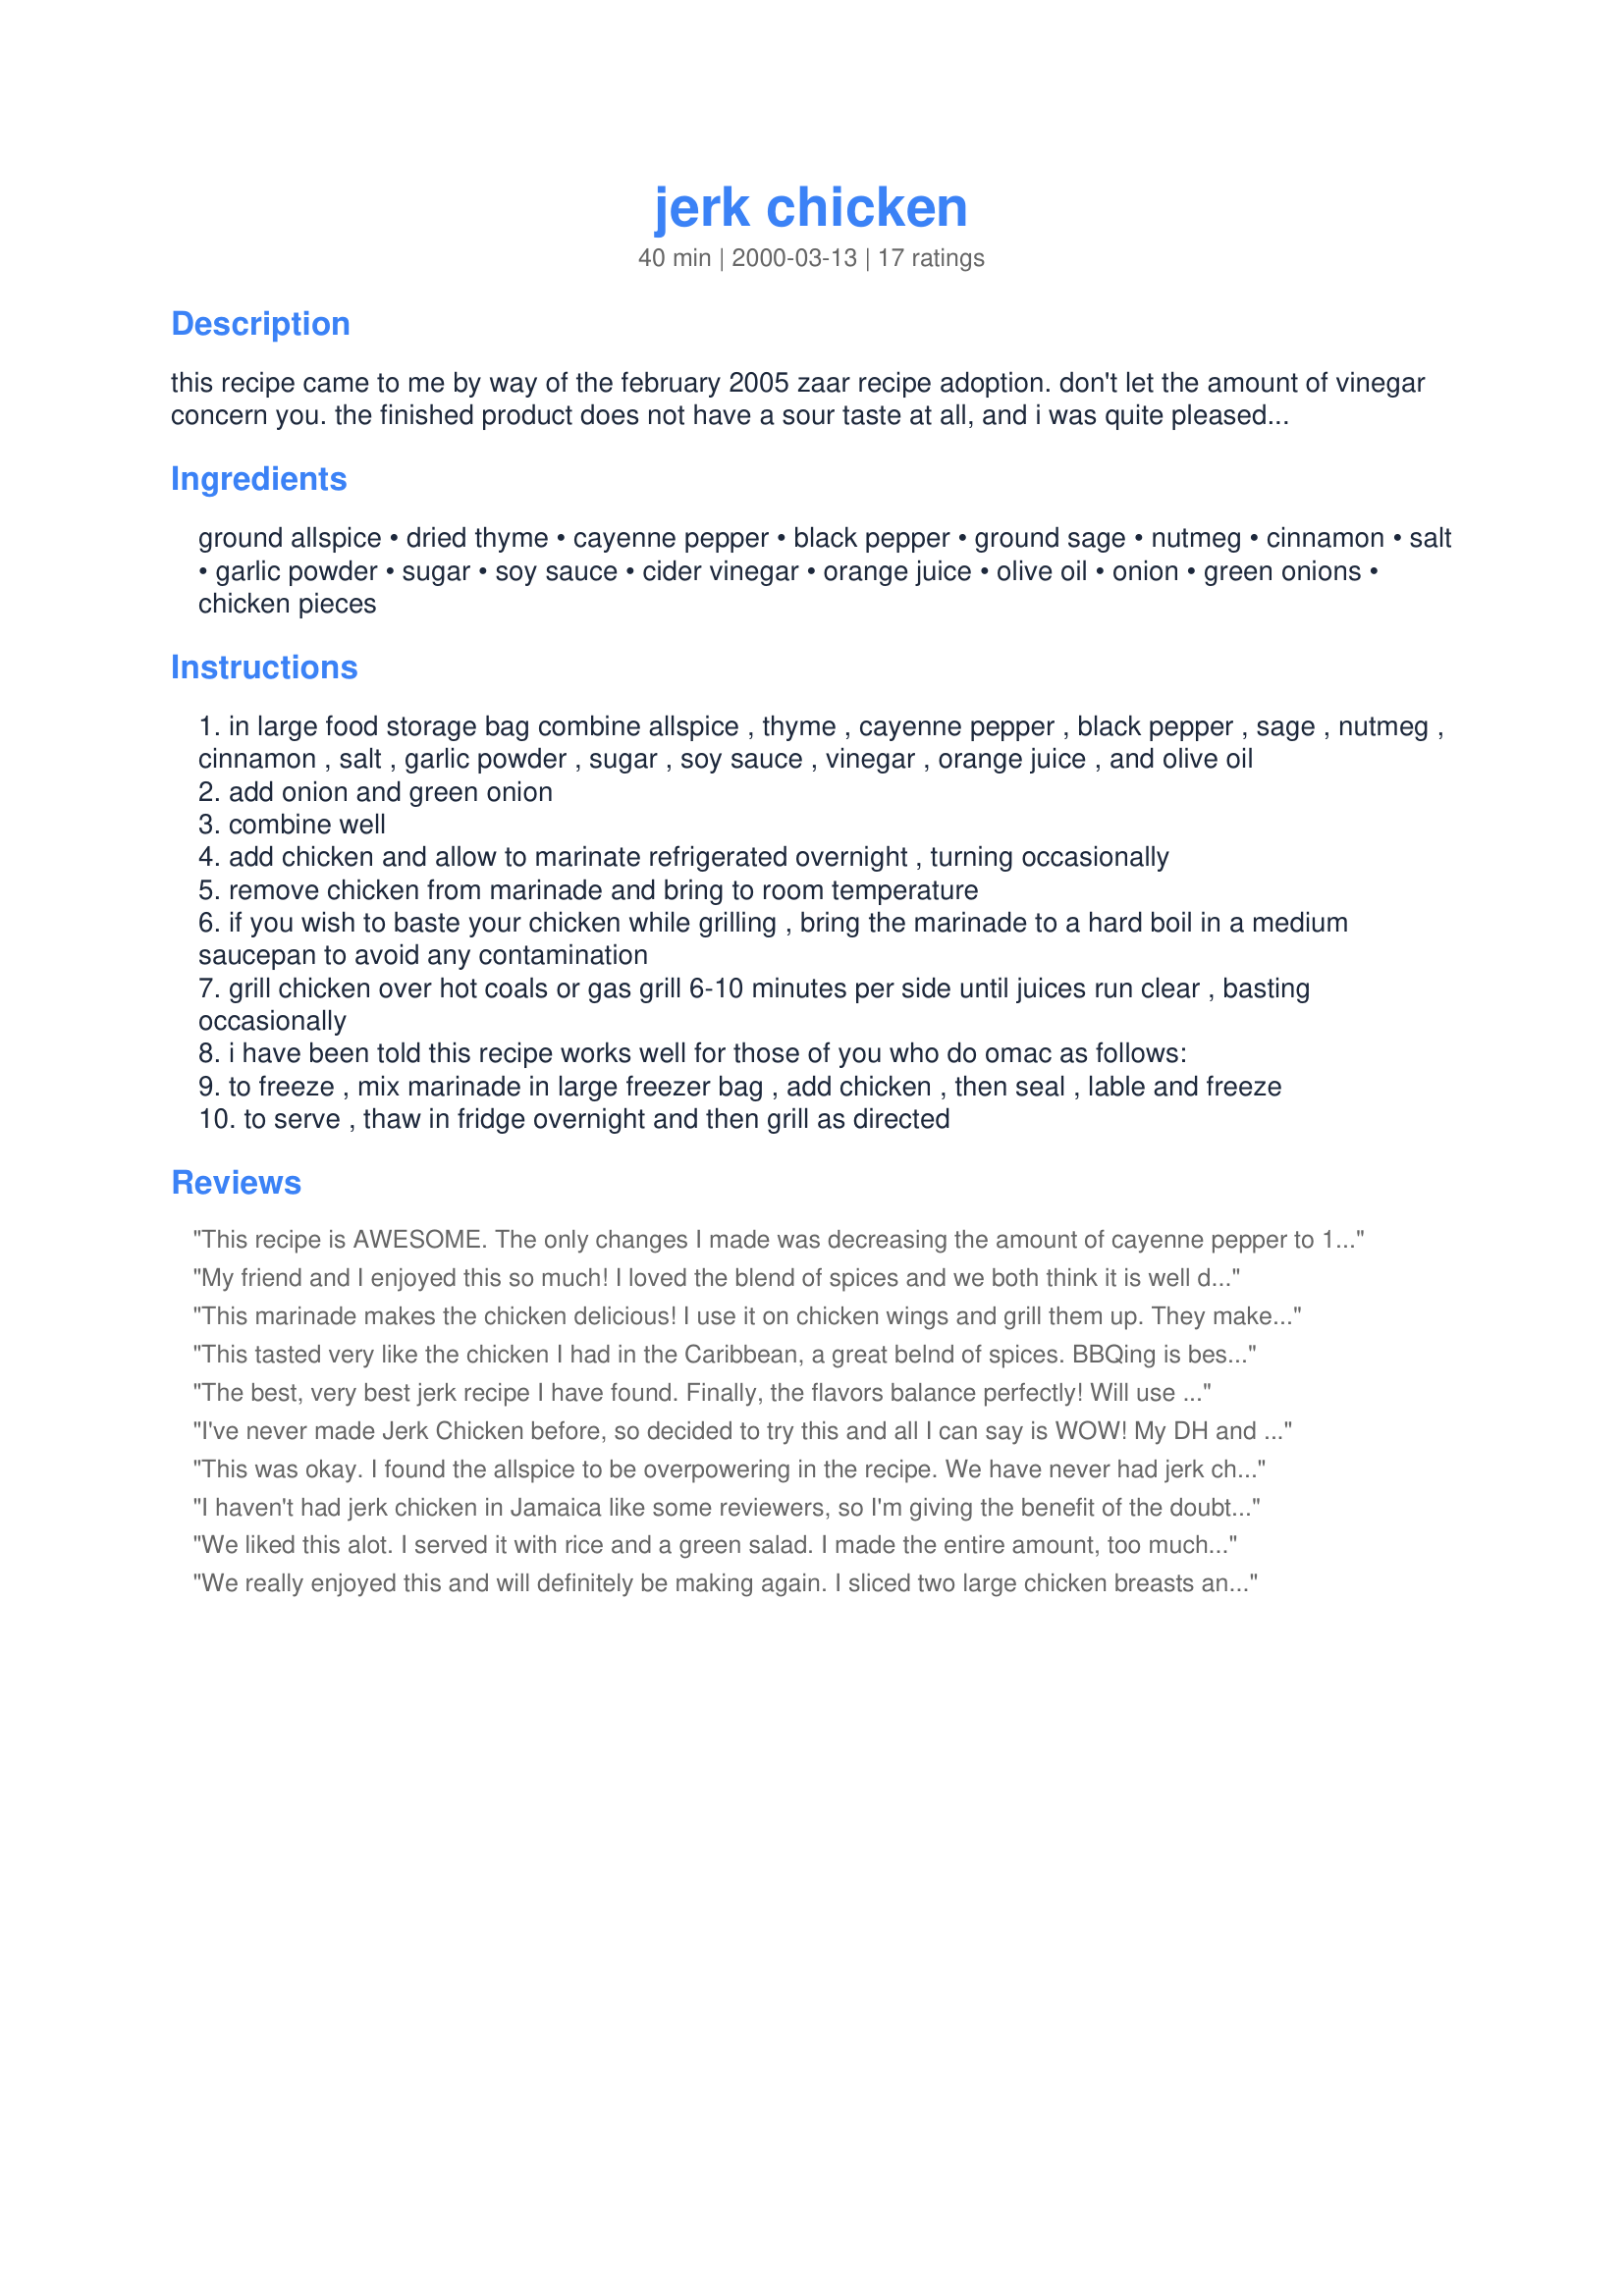
jerk chicken
Preparation time: 40 minutes

this recipe came to me by way of the february 2005 zaar recipe adoption. don't let the amount of vinegar concern you. the finished product does not have a sour taste at all, and i was quite pleased with the recipe. the only changes i made were to reduce the amount of salt and increase the amount of chicken, as the marinade makes a substantial amount. if you choose to halve the recipe, i would recommend using the full amount of the marinade ingredients to keep the flavor in balance. note: edited 3/19/07 to add freezing instructions for omac.

Ingredients:
ground allspice, dried thyme, cayenne pepper, black pepper, ground sage, nutmeg, cinnamon, salt, garlic powder, sugar, soy sauce, cider vinegar, orange juice, olive oil, onion, green onions, chicken pieces

Steps:
in large food storage bag combine allspice , thyme , cayenne pepper , black pepper , sage , nutmeg , cinnamon , salt , garlic powder , sugar , soy sauce , vinegar , orange juice , and olive oil
add onion and green onion
combine well
add chicken and allow to marinate refrigerated overnight , turning occasionally
remove chicken from marinade and bring to room temperature
if you wish to baste your chicken while grilling , bring the marinade to a hard boil in a medium saucepan to avoid any contamination
grill chicken over hot coals or gas grill 6-10 minutes per side until juices run clear , basting occasionally
i have been told this recipe works well for those of you who do omac as follows:
to freeze , mix marinade in large freezer bag , add chicken , then seal , lable and freeze
to serve , thaw in fridge overnight and then grill as directed

Reviews:
This recipe is AWESOME. The only changes I made was decreasing the amount of cayenne pepper to 1 tsp. I added lawyers and some soul seasoning. I also added 2 tbsp of mango rum that I got from the Bahamas. Super tasty!
My friend and I enjoyed this so much! I loved the blend of spices and we both think it is well deserving of the 5 stars we gave it, and would give it more if we could! Just what I was looking for!
This marinade makes the chicken delicious! I use it on chicken wings and grill them up. They make a wonderful hors de voure. I make it exactly as listed, using 1 tsp of salt.
This tasted very like the chicken I had in the Caribbean, a great belnd of spices.

BBQing is best for crispy skin, but if you're doing lots for a party I found you can roast them in baking trays at a high heat for 30 minutes then crisp them quickly under the (British) grill.
The best, very best jerk recipe I have found. Finally, the flavors balance perfectly! Will use this again and again, Bonnie. Thnx for posting!
I've never made Jerk Chicken before, so decided to try this and all I can say is WOW! My DH and a friend of ours loved it! I only used 1/2 cup of the cider vinegar as that is all I had but I followed the recipe exactly other than I marinated it for 7 hours instead of overnigh. Thanks I'll be making this again!
This was okay. I found the allspice to be overpowering in the recipe. We have never had jerk chicken before so it may just not be a combination of tastes we are used to. The chicken was however very moist.
I haven't had jerk chicken in Jamaica like some reviewers, so I'm giving the benefit of the doubt with 4 stars instead of 3. Now, don't get me wrong- this makes for a tasty chicken and I enjoyed it. But in all honesty, this tastes like it was marinated in salad dressing. Is this what Jerk chicken is supposed to taste like? There's no great spice kick like I was expecting. Definitely no heat. (Yes, I followed the recipe exactly, for once in my life). I should have read a few other recipes first. They include things like ginger, fresh garlic, and scotch bonnet peppers. That seems way more authentic to me- or perhaps jerk chicken is just, by nature, boring.
We liked this alot. I served it with rice and a green salad. I made the entire amount, too much for the two of us, so I did freeze the remainder for a later meal. Thanks for the recipe, BonnieZ
We really enjoyed this and will definitely be making again. I sliced two large chicken breasts and made half of the marinade. It's too cold here in Canada for me to grill right now, so I pan fried it in the marinade - delicious! Really good combo of spices and a perfect heat level for us! Thanks for the recipe, BonnieZ.
wonderful!! Tastes just like the Jerk we ate in Jamaica!!
I've never had it in Jamaica, and I had to make a few changes based on what was around (added clove and nutmeg and upped some other spices because of no allspice, used some jam and some lime juice because of no OJ, and used about half the cayenne since I was doing less chicken and it was boneless). Anyway, I let it marinate overnight and the chicken grilled up nicely. I boiled the excess and used it as a glaze/sauce for some cooked carrots (the sweet/spicy thing was good), and served it with polenta as a balance for the spice. I will do this again, and do better with my list-making next time!
I fell in love with Jerk Chicken several years ago in Jamaica. This tastes exactly like the chicken they served at the resort. It is really fabulous! I left out the Cayenne, because it would be too hot for my kids. It still had the most amazing flavor. After I put the chicken on the grill, I boiled the marinade for about 10 minutes. This killed the bacteria and concentrated the flavors and I served it as a sauce alongside the chicken. FABULOUS!!!!!
This recipe is absolutely awesome! It's without a doubt the BEST Jerk Chicken recipe I've ever found!!! Tastes exactly like the jerk chicken we had in Jamaica!
This was great. I marinated it for about 14 hours and the flavors really came through. I added three serrano chiles to the marinade (I couldn't find decent habaneros) and they gave it a little extra heat zing. We will definitely make this again. Thanks for posting.
This is an outstanding marinade. It made me love chicken legs and I don't care for dark meat chicken at all! Lovely, subtle and complex flavors. One of the best jerk marinades I've ever tried. I can't wait to try it on pork chops!
Made exactly as written using pre-frozen chicken legs. I put the whole thing back in the freezer 'til I was ready to cook the chicken. I baked mine as my grilling "chef" was worn out from a day of gardening. 
To freeze: Mix the marinade directly in the storage bag. Add chicken pieces. Double bag (to prevent spills) and freeze.
To cook: Thaw overnight in refrigerator. Grill as directed or Pour chicken and marinade into 9X13 pan and bake at 350 until juices run clear.
This was really good. My teen-aged daughter ate most of the pieces. She is not a big fan of chicken but she absolutely loved this. She has already asked when I plan to make it again.
